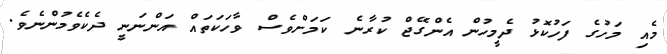
މެއި މަހުގެ ފަހުކޮޅު ދެމީހުން އެންގޭޖް ކުރާނެ ކަމަށްވެސް ވާހަކަތައް އަންނަނީ ދެކެވެމުންނެވެ.